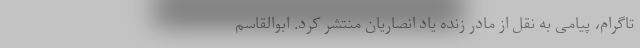
تاگرام، پیامی به نقل از مادر زنده یاد انصاریان منتشر کرد. ابوالقاسم